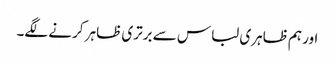
اور ہم ظاہری لباس سے برتری ظاہر کرنے لگے۔